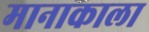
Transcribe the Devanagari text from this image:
मानाकाला